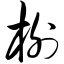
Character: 榭